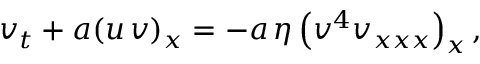
v _ { t } + a ( u \, v ) _ { x } = - a \, \eta \left( v ^ { 4 } v _ { x x x } \right) _ { x } ,